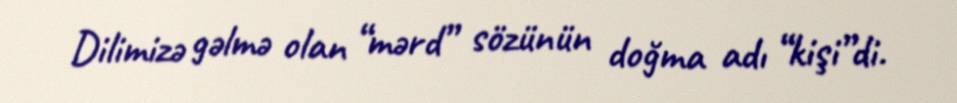
Dilimizə gəlmə olan “mərd” sözünün doğma adı “kişi”di.